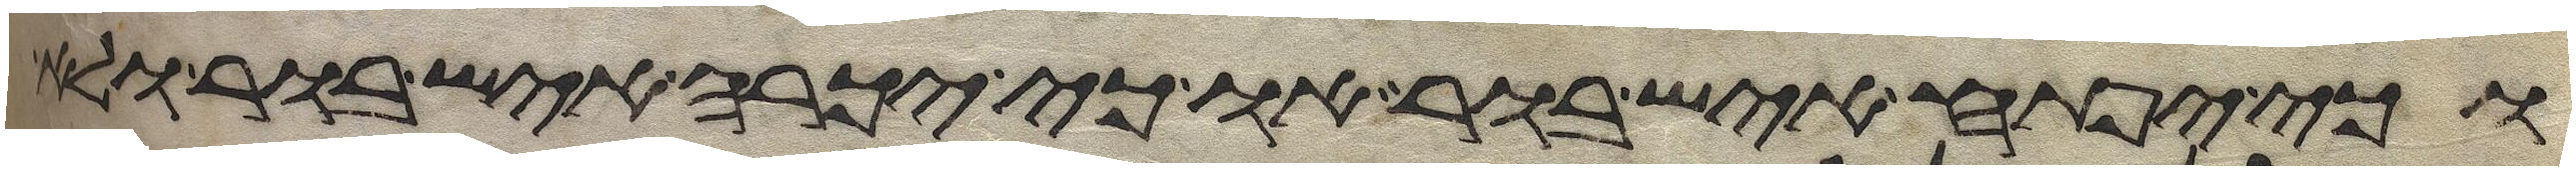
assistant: וכי יפתח איש בור או כי יכרה איש בור ולא